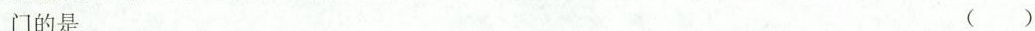
门的是 ( )